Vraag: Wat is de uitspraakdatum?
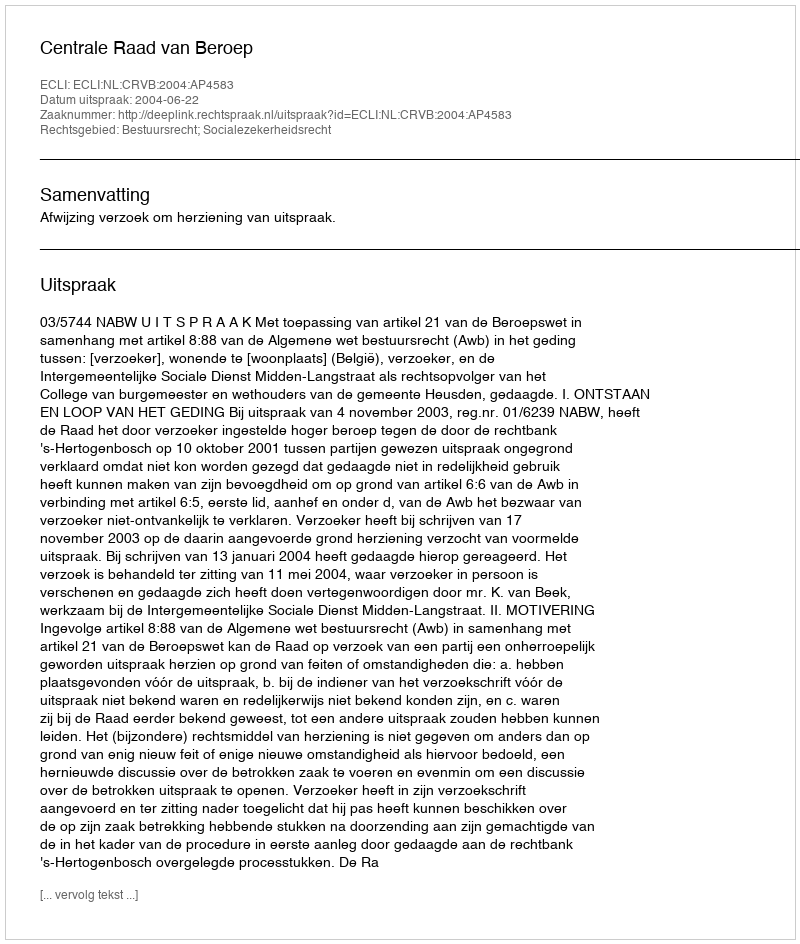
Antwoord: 2004-06-22